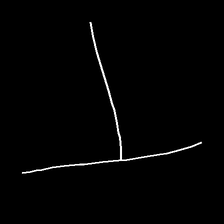
Glyph: column